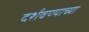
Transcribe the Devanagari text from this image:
दर्शवण्याच्या